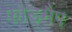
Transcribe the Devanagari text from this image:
फोड्मैप